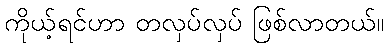
ကိုယ့်ရင်ဟာ တလှပ်လှပ် ဖြစ်လာတယ်။